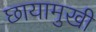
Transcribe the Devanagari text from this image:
छायामुखी